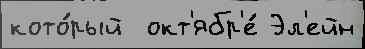
кото́рый  окт'ябр'е́ Эл'ейн